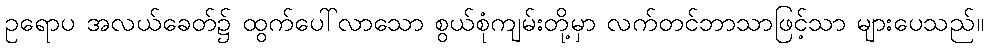
ဥရောပ အလယ်ခေတ်၌ ထွက်ပေါ်လာသော စွယ်စုံကျမ်းတို့မှာ လက်တင်ဘာသာဖြင့်သာ များပေသည်။